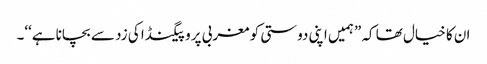
ان کا خیال تھا کہ ”ہمیں اپنی دوستی کو مغربی پروپیگنڈا کی زد سے بچانا ہے‘‘۔